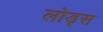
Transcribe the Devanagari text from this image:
लोड्स